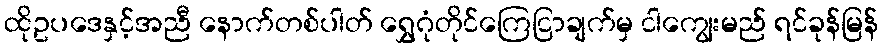
ထိုဥပဒေနှင့်အညီ နောက်တစ်ပါတ် ရွှေဂုံတိုင်ကြေငြာချက်မှ ငါကျွေးမည် ရင်ခုန်မြန်